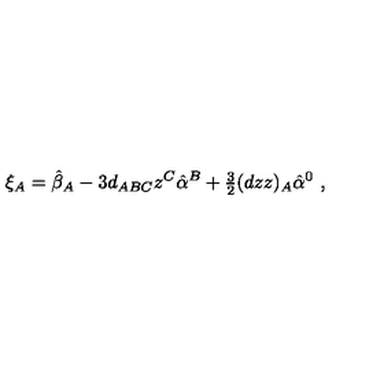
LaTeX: \xi _ { A } = \hat { \beta } _ { A } - 3 d _ { A B C } z ^ { C } \hat { \alpha } ^ { B } + { \textstyle \frac { 3 } { 2 } } ( d z z ) _ { A } \hat { \alpha } ^ { 0 } \ ,